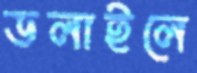
ডলাইলে